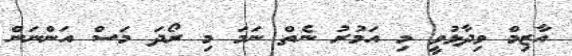
އާޒިމް ވިދާޅުވީ މި އަމުރު ނެތް ނަމަ މި ރޯދަ މަސް އަންނަން